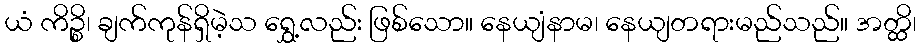
ယံ ကိဉ္စိ၊ ချက်ကုန်ရှိမဲ့သ ရွှေ့လည်း ဖြစ်သော။ နေယျံနာမ၊ နေယျတရားမည်သည်။ အတ္ထိ၊